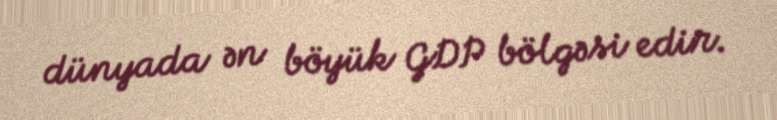
dünyada ən böyük GDP bölgəsi edir.